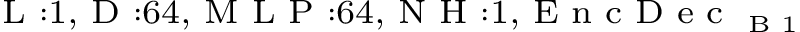
_ { \textrm { L } : 1 , \textrm { D } : 6 4 , \textrm { M L P } : 6 4 , \textrm { N H } : 1 , \textrm { E n c D e c } _ { \textrm { B } 1 } }